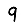
Digit: 9